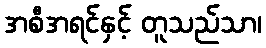
အစီအရင်နှင့် တူသည်သာ၊